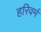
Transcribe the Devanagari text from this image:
हरिवर्म